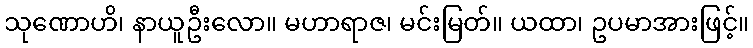
သုဏောဟိ၊ နာယူဦးလော။ မဟာရာဇ၊ မင်းမြတ်။ ယထာ၊ ဥပမာအားဖြင့်။